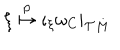
\xi \stackrel { p } { \mapsto } \iota _ { \xi } \omega _ { C } | _ { { \cal T } M }